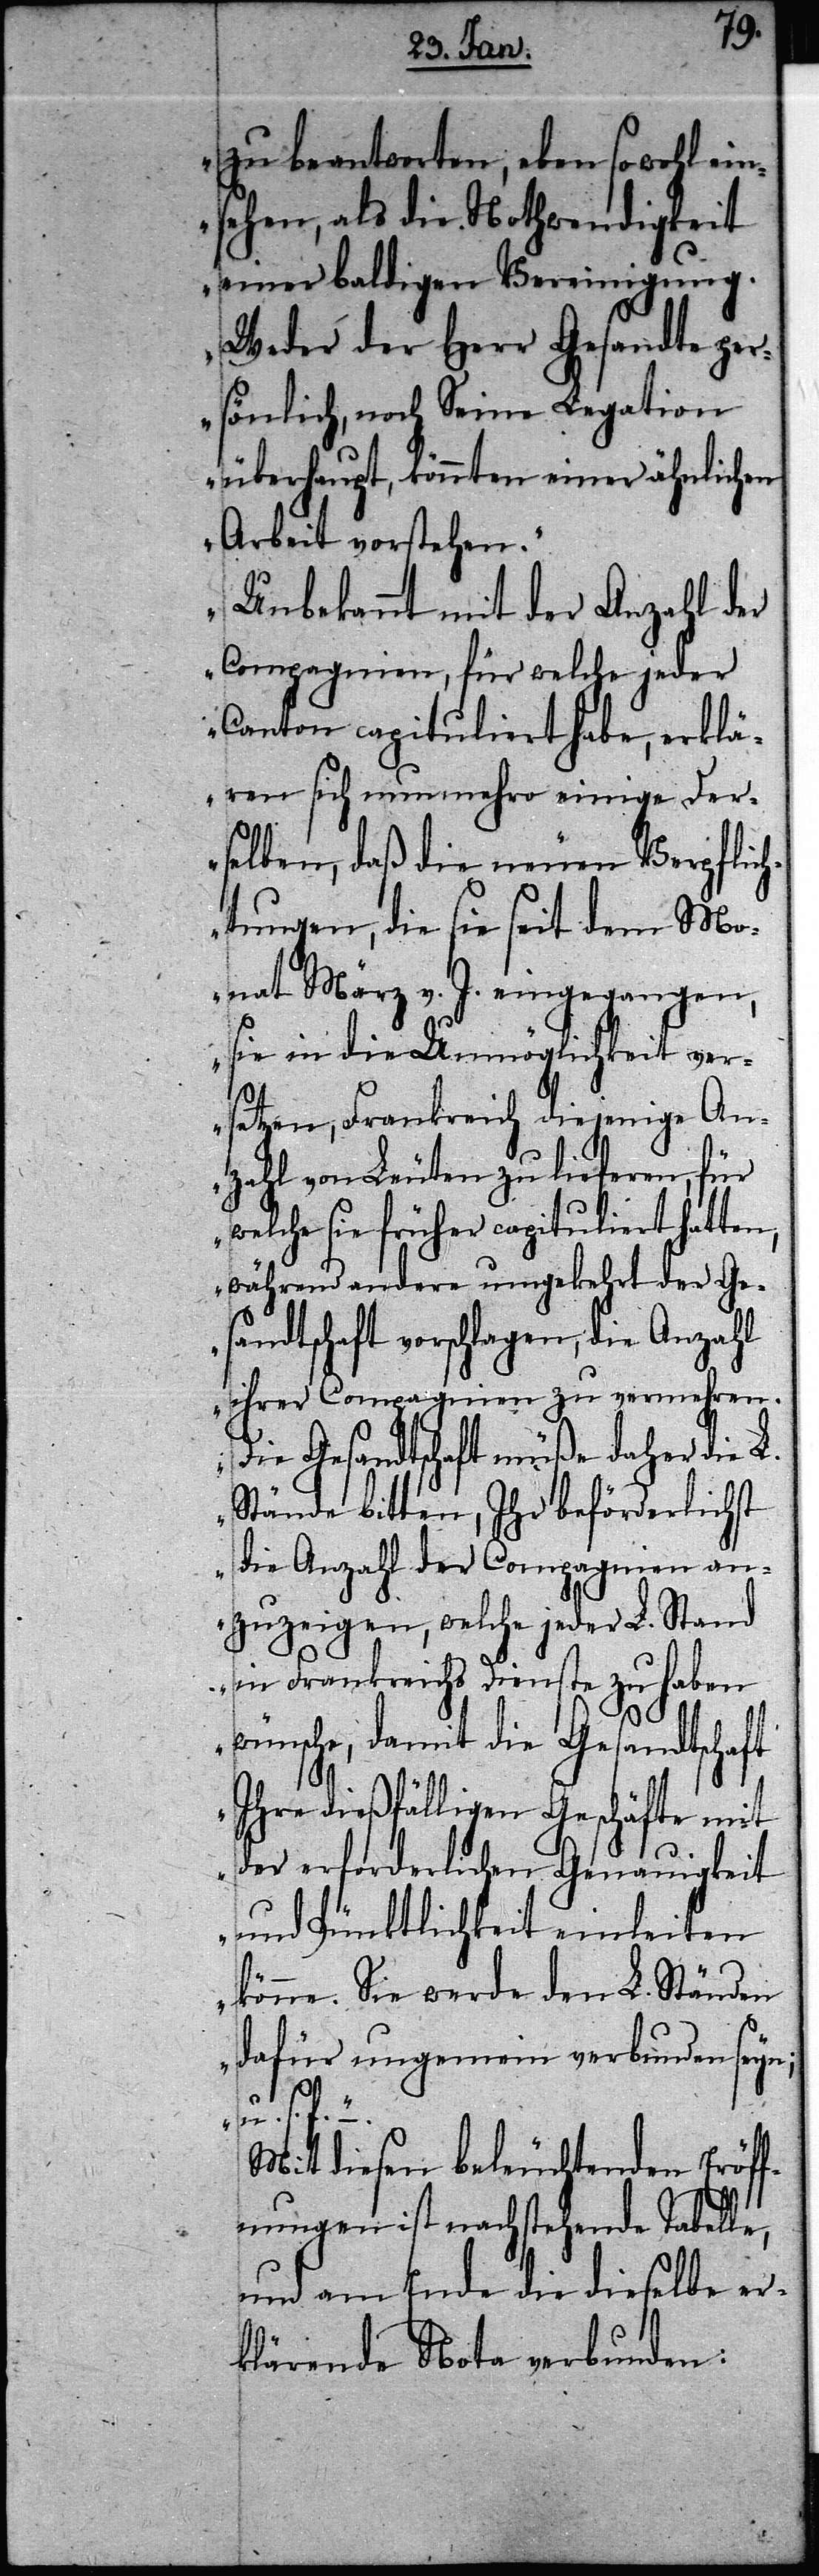
zu beantworten, eben sowohl ein¬
sehen, als die Nothwendigkeit
einer baldigen Vereinigung.
Weder der Herr Gesandte per¬
sönlich, noch Seine Legation
überhaupt, könnten einer ähnlichen
Arbeit vorstehen.“
„Unbekannt mit der Anzahl der
Compagnien, für welche jeder
Canton capituliert habe, erklä¬
ren sich nunmehr einige Der¬
selben, daß die neuen Verpflich¬
tungen, die sie seit dem Mo¬
nat März v. J. eingegangen,
sie in die Unmöglichkeit ver¬
setzen, Frankreich diejenige An¬
zahl von Leuten zu lieferen, für
welche sie früher capituliert hatten,
während andere umgekehrt der Ge¬
sandtschaft vorschlagen, die Anzahl
ihrer Compagnien zu vermehren.
Die Gesandtschaft müße daher die L.
Stände bitten, Ihr beförderlichst
die Anzahl der Compagnien an¬
zuzeigen, welche jeder L. Stand
in Frankreichs Dienste zu haben
wünsche, damit die Gesandtschaft
Ihre dießfälligen Geschäfte mit
der erforderlichen Genauigkeit
und Pünktlichkeit einleiten
könne. Sie werde den L. Ständen
dafür ungemein verbunden seyn;
u. s. f.“
Mit diesen beleuchtenden Eröff¬
nungen ist nachstehende Tabelle,
und am Ende die dieselbe er¬
klärende Nota verbunden: